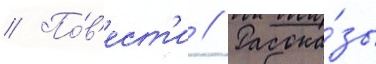
// По́в'ест'и // Расска́зы